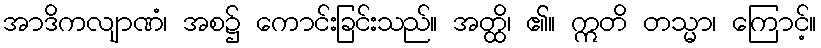
အာဒိကလျာဏံ၊ အစ၌ ကောင်းခြင်းသည်။ အတ္ထိ၊ ၏။ ဣတိ တသ္မာ၊ ကြောင့်။